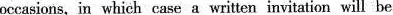
in which case a written invitation will be